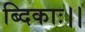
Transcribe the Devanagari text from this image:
ब्दिकाः।।